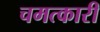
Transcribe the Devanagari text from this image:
चमत्‍कारी